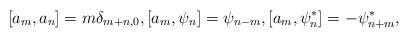
LaTeX: \begin{align*}[a_m,a_n]=m\delta_{m+n,0},[a_m,\psi_n]=\psi_{n-m},[a_m,\psi^\ast_n]=-\psi^\ast_{n+m},\end{align*}